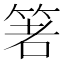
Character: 𥭻